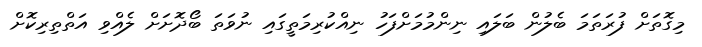
މިގޮތަށް ފުރަތަމަ ބެލުން ބަލައި ނިންމުމަށްފަހު ނިއްކުރިމަތީގައި ނުވަތަ ބޯދޮށަށް ލެއްވި އަތްތިރިކޮށް